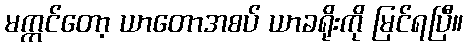
မက္ကင်တော့ ယာတောအစပ် ယာခရိုးကို မြင်ရပြီ။